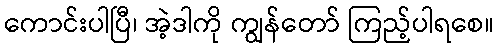
ကောင်းပါပြီ၊ အဲ့ဒါကို ကျွန်တော် ကြည့်ပါရစေ။